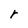
Character: r